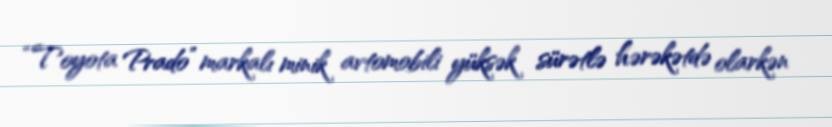
“Toyota Prado” markalı minik avtomobili yüksək sürətlə hərəkətdə olarkən